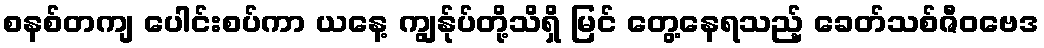
စနစ်တကျ ပေါင်းစပ်ကာ ယနေ့ ကျွန်ုပ်တို့သိရှိ မြင် တွေ့နေရသည့် ခေတ်သစ်ဇီဝဗေဒ